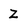
Character: Z